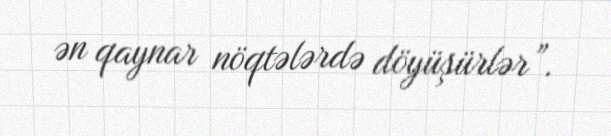
ən qaynar nöqtələrdə döyüşürlər”.